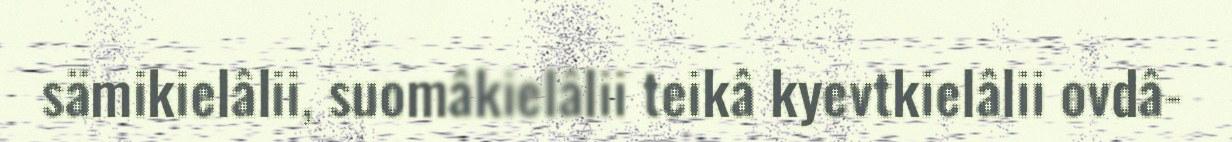
sämikielâlii, suomâkielâlii teikâ kyevtkielâlii ovdâ-